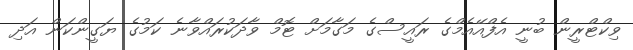
ވިކްޓްރީން ބުނީ އެފްއޭއެމްގެ ރައީސްގެ މަގާމަށް ޓޮމް ވާދަކުރައްވާނެ ކަމުގެ ޔަގީންކަން އަދި